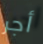
أجر